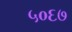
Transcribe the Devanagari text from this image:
५०६७